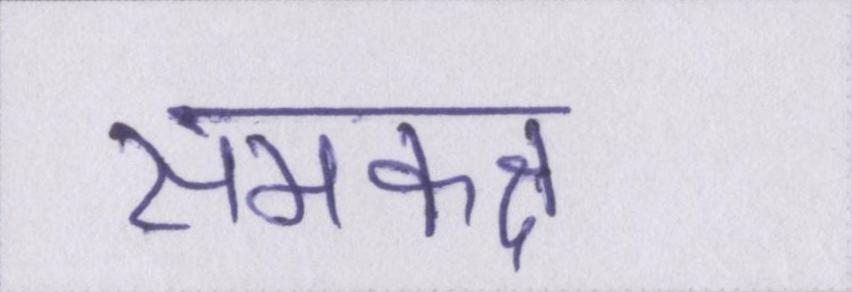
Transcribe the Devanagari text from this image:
समकक्ष